Civil Veterinary Department. Central Provinces & Berar 1925-31 - 1925-1931
Year: 1925
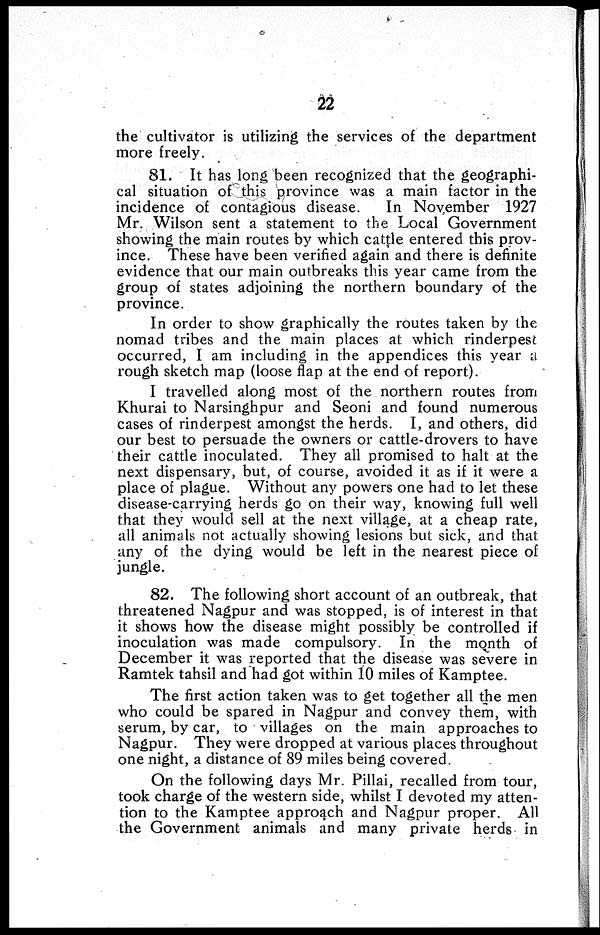
22
the cultivator is utilizing the services of the department
more freely.
81. It has long been recognized that the geographi-
cal situation of this province was a main factor in the
incidence of contagious disease.
In November 1927
Mr. Wilson sent a statement to the Local Government
showing the main routes by which cattle entered this prov-
ince. These have been verified again and there is definite
evidence that our main outbreaks this year came from the
group of states adjoining the northern boundary of the
province.
In order to show graphically the routes taken by the
nomad tribes and the main places at which rinderpest
occurred, I am including in the appendices this year a
rough sketch map (loose flap at the end of report).
I travelled along most of the northern routes from
Khurai to Narsinghpur and Seoni and found numerous
cases of rinderpest amongst the herds. I, and others, did
our best to persuade the owners or cattle-drovers to have
their cattle inoculated. They all promised to halt at the
next dispensary, but, of course, avoided it as if it were a
place of plague. Without any powers one had to let these
disease-carrying herds go on their way, knowing full well
that they would sell at the next village, at a cheap rate,
all animals not actually showing lesions but sick, and that
any of the dying would be left in the nearest piece of
jungle.
82. The following short account of an outbreak, that
threatened Nagpur and was stopped, is of interest in that
it shows how the disease might possibly be controlled if
inoculation was made compulsory. In the month of
December it was reported that the disease was severe in
Ramtek tahsil and had got within 10 miles of Kamptee.
The first action taken was to get together all the men
who could be spared in Nagpur and convey them, with
serum, by car, to villages on the main approaches to
Nagpur. They were dropped at various places throughout
one night, a distance of 89 miles being covered.
On the following days Mr. Pillai, recalled from tour,
took charge of the western side, whilst I devoted my atten-
tion to the Kamptee approach and Nagpur proper. All
the Government animals and many private herds in